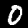
Label: 0